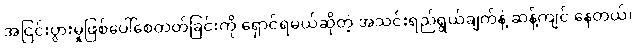
အငြင်းပွားမှုဖြစ်ပေါ်စေတတ်ခြင်းကို ရှောင်ရမယ်ဆိုတဲ့ အသင်းရည်ရွယ်ချက်နဲ့ ဆန့်ကျင် နေတယ်၊